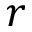
r